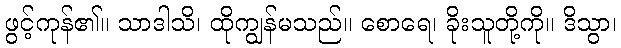
ဖွင့်ကုန်၏။ သာဒါသိ၊ ထိုကျွန်မသည်။ စောရေ၊ ခိုးသူတို့ကို။ ဒိသွာ၊